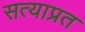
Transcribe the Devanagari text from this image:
सत्याप्रत